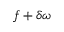
f + \delta \omega